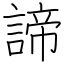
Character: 諦